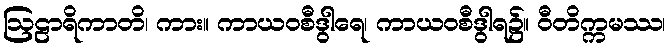
ဩဠာရိကာတိ၊ ကား။ ကာယဝစီဒွါရေ၊ ကာယဝစီဒွါရ၌။ ဝီတိက္ကမဿ၊